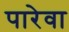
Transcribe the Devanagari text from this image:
पारेवा